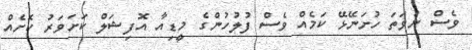
ވެސް ނުވަތަ ހުށަނޭޅޭ ކަމެއް ވެސް ފުލުހުންގެ މީޑިއާ އޮފިޝަލް ކަށަވަރު ކޮށެއް